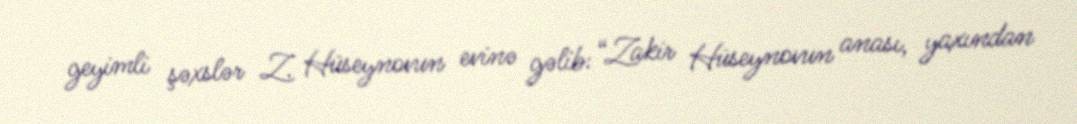
geyimli şəxslər Z. Hüseynovun evinə gəlib: “Zakir Hüseynovun anası, yaxından